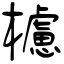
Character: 櫖